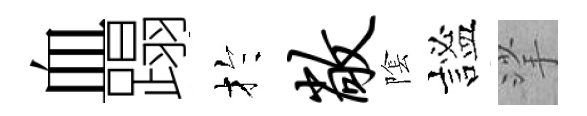
血蹋扵敞隂謐挲